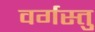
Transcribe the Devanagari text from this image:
वर्गस्तु